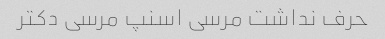
حرف نداشت مرسی اسنپ مرسی دکتر